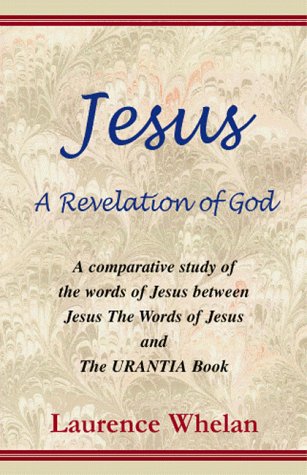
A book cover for Jesus; laurence Whelan; Religion & Spirituality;